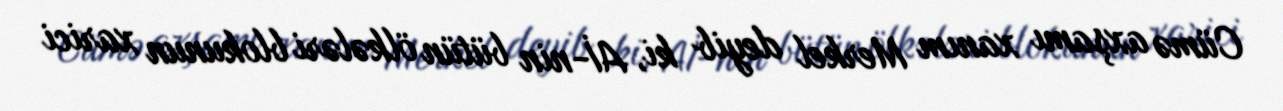
Cümə axşamı xanım Merkel deyib ki, Aİ-nin bütün ölkələri blokunun xarici